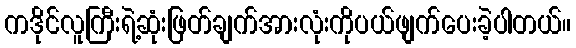
ကဒိုင်လူကြီးရဲ့ဆုံးဖြတ်ချက်အားလုံးကိုပယ်ဖျက်ပေးခဲ့ပါတယ်။